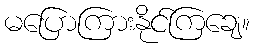
မပြောကြားနိုင်ကြချေ။